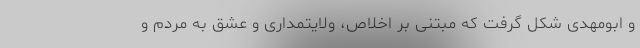
و ابومهدی شکل گرفت که مبتنی بر اخلاص، ولایتمداری و عشق به مردم و